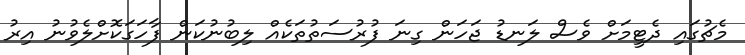
މެޗުގައި ދެޓީމަށް ވެސް ލަނޑު ޖަހަން ގިނަ ފުރުސަތުތަކެއް ލިބުނުކަން ފާހަގަކޮށްލެވުނު އިރު